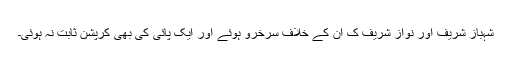
شہباز شریف اور نواز شریف ک ان کے خلاف سرخرو ہوئے اور ایک پائی کی بھی کرپشن ثابت نہ ہوئی۔